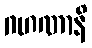
ဂဟဏာနိ